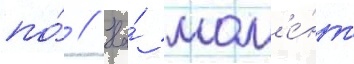
по́ // На́ мом'е́нт